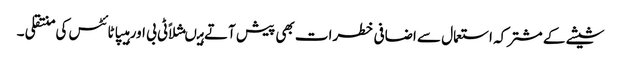
شیشے کے مشترکہ استعمال سے اضافی خطرات بھی پیش آتے ہیںمثلاًٹی بی اور ہیپاٹائٹس کی منتقلی ۔